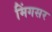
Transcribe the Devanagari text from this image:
मिंगसर